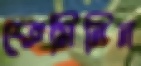
ফেমিনিন